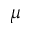
\mu